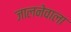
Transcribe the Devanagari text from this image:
जालनेवाला